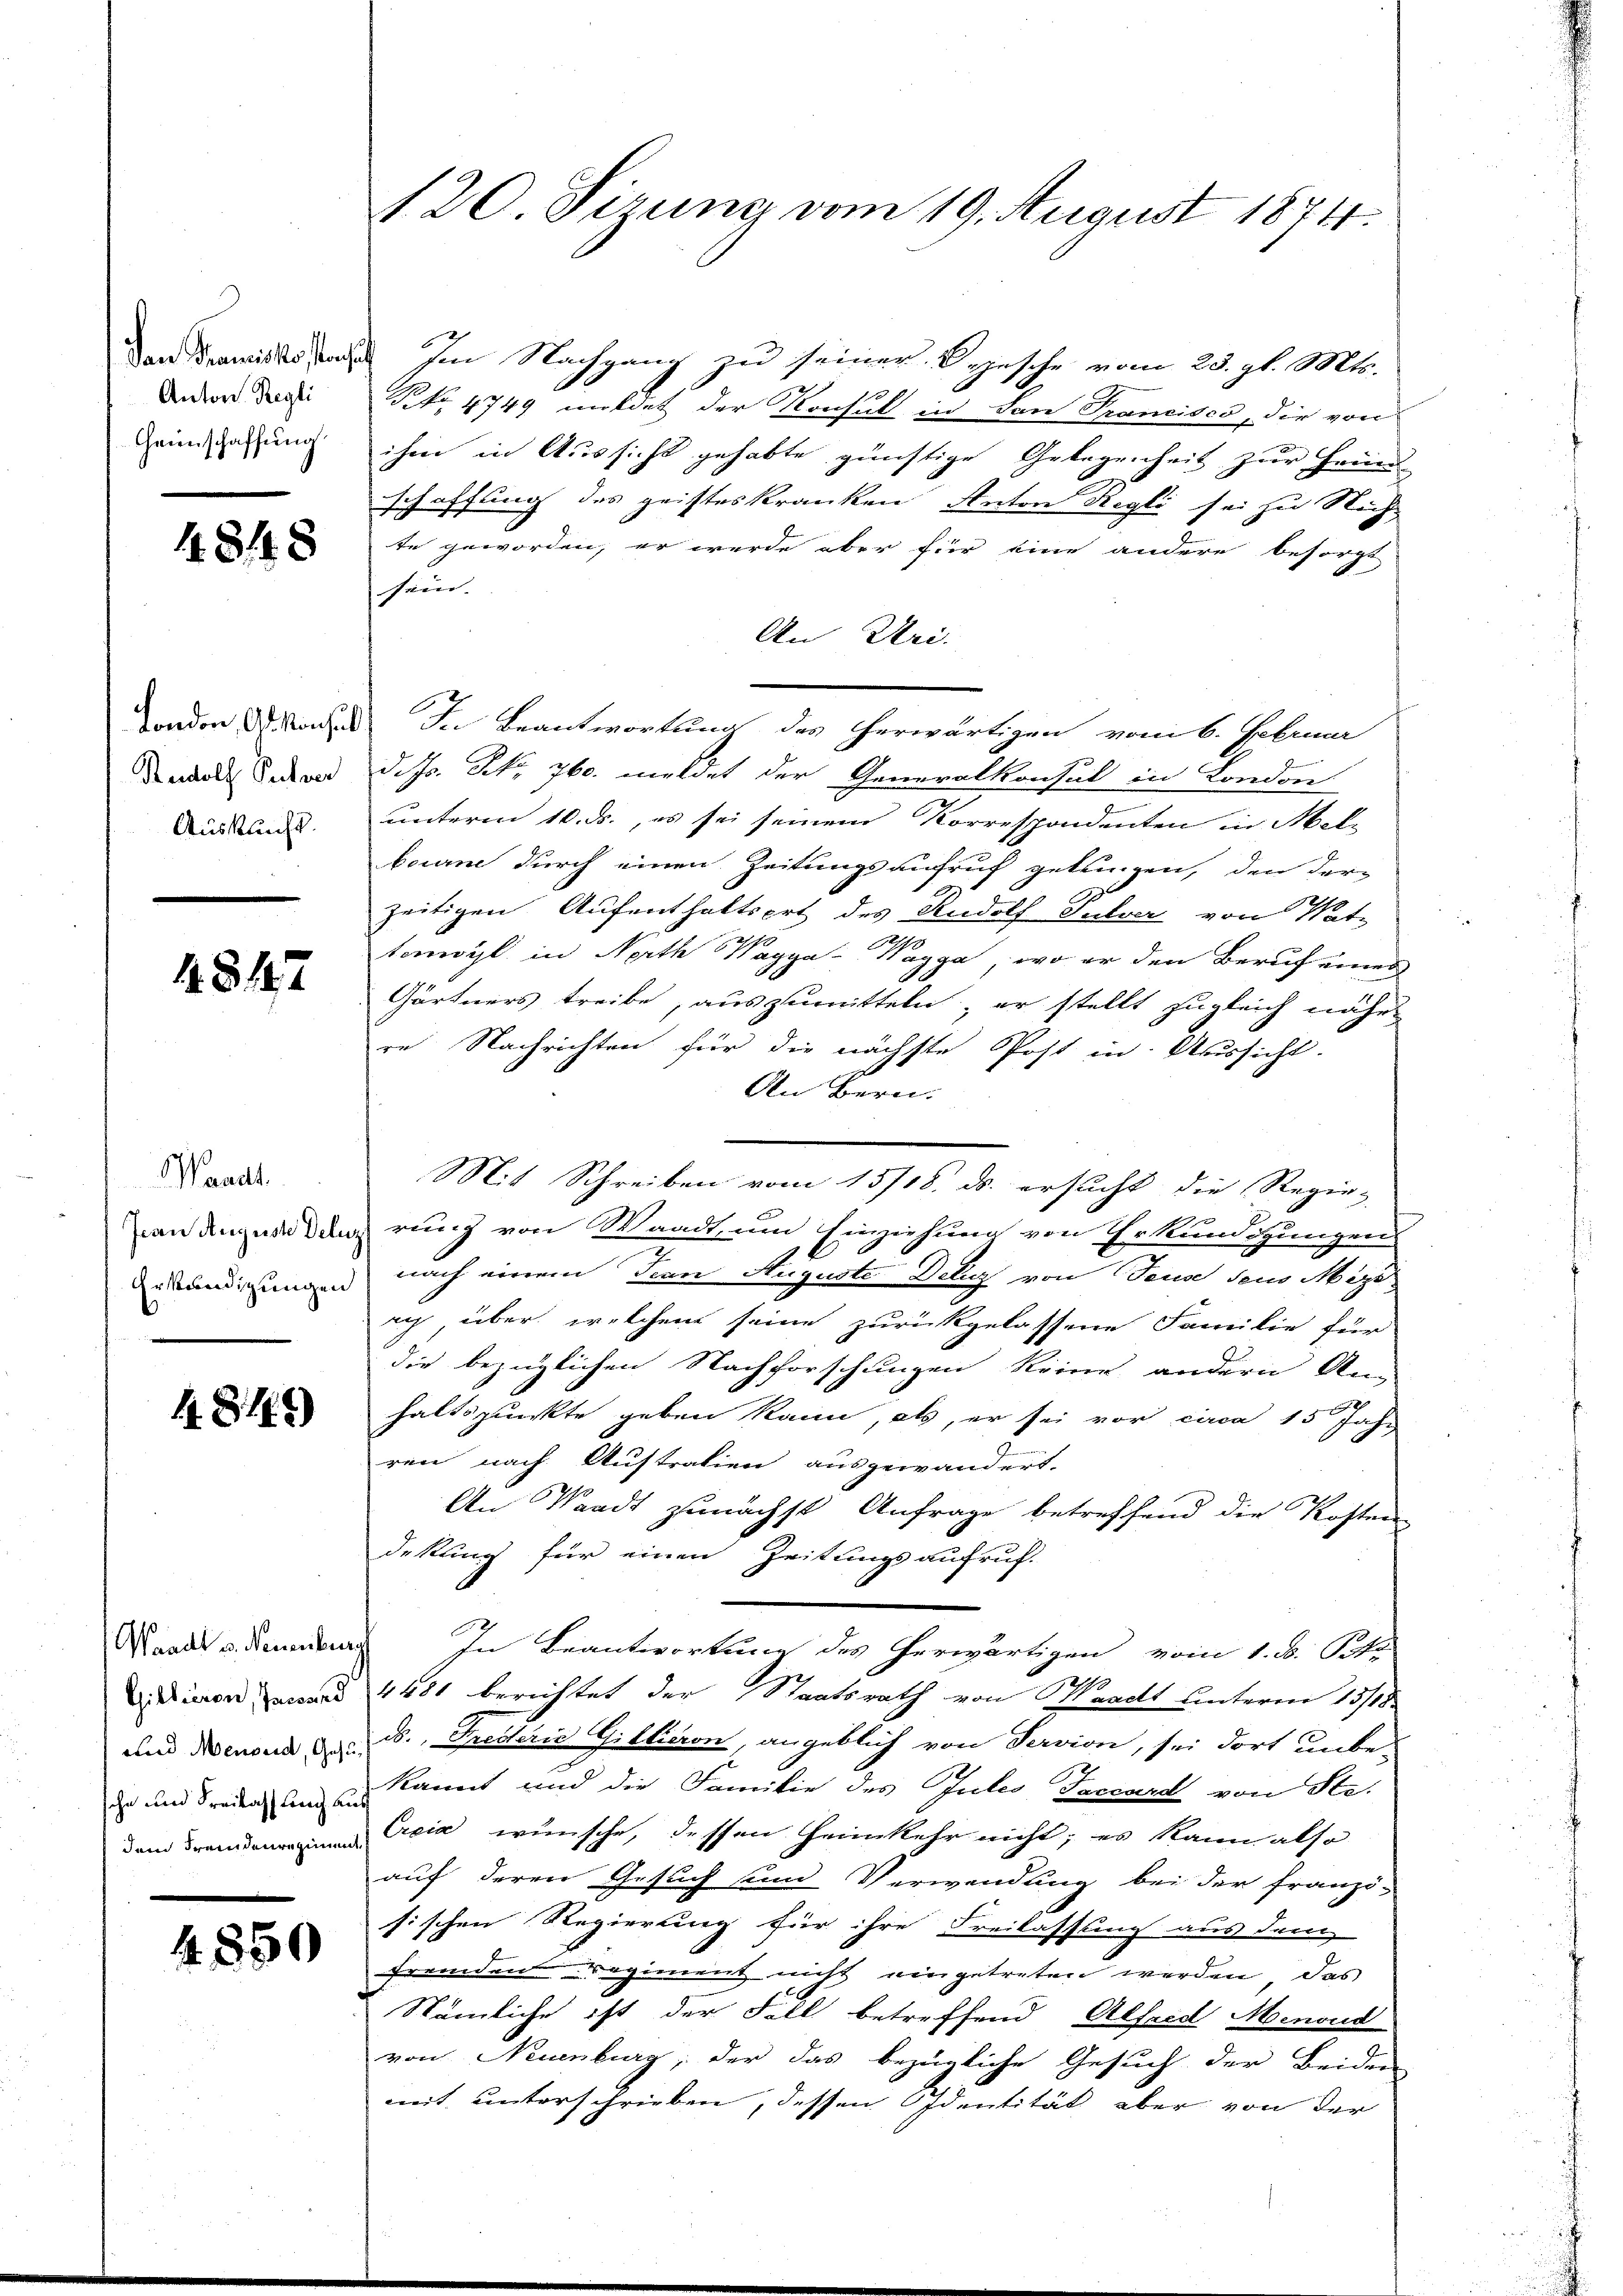
Dan Spanisko sprache
Anton Regli
Heimschaffung

4848

Rudolf Pulver
Auskunft.

4847

Waadt.
Erkundigungen

4.849

Waadt v. Neuenburg
Gillieren, Jaword
und Menseid, Gesu

4850

120. Sizung vom 19. August 1874.

Im Nachgang zu seiner Depesche vom 23. gl. Mts.
No 4749 mildet der Konsul in San Francisco, die von
ihm in Aussicht gehabte günstige Gelegenheit zur Heinr
schaffung des geisteskranken Anton Regli sei zu Nich
te geworden, er werde aber für eine andere besorgt
sein.
An Uri.
dondon doch In Beantwortung des erwärtigen vom 6. Februar
d. Js. Frk. 760. meldet der Generalkonsul in London.
unterm 10. ds., es sei seinem Korrespondenten in Mel-
borene durch einen Zeitungsaufruf gelungen, den der-
zeitigen Aufenthaltsort des Rudolf Pulver von Wate
torwyl in North Waggo-Wagga, wo er den Beruf eines
Gärtners treibe, auszumitteln, er stellt zugleich nähe
re Nachrichten für die nächste Post in Aussicht.
An Bern.
an den wederung von Waadt, um Einziehung von Erkundigungen
nach einem Tran Auguste Delz von Teuse deus Mizs
ich über welchem seine zurückgelassene Familie für
die bezüglichen Nachforschungen keine andern An-
haltspunkte geben kann, als, er sei vor circa 15 Jahr
ren nach Austration ausgewandert.
An Waadt zunächst Anfrage betreffend die Kosten
dekung für einen Zeitungsaufruf
In Beantwortung des herwärtigen vom 1. d. P
19
4481 berichtet der Staatsrath von Waadt unterm 13/18
ds., Fredterie G. Etieron, angeblich von Servion, sei dort unbe-
Er und Freiers um in kannt und die Familie des Gutes Terart von Ste-
dem Ein wünsche, dessen Heimkehr nicht; es kann also
auf deren Gesuch sind Verwendung bei der franzö-
sischen Regierung für ihre Freilassung aus dem
fremden regiment nicht eingetreten werden, das
Nämliche ist der Fall betreffend Alfred Menoud
von Neuenburg, der das bezügliche Gesuch der Beiden
mit unterschrieben, dessen Identität aber von der

Mit Schreiben vom 15/18. ds. ersucht die Regie-